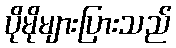
ပိုမိုများပြားသည်